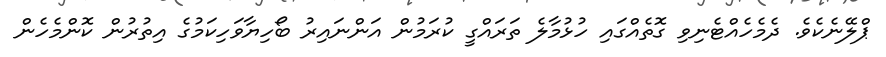
ޕްލޭނެކެވެ. ދެމެހެއްޓެނިވި ގޮތެއްގައި ހުޅުމާލެ ތަރައްގީ ކުރަމުން އަންނައިރު ބޯހިޔާވަހިކަމުގެ އިތުރުން ކޮންމެހެން